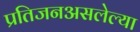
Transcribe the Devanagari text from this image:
प्रतिजनअसलेल्या